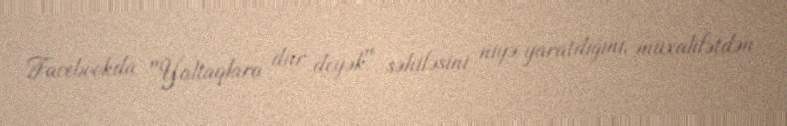
Facebookda "Yaltaqlara dur deyək" səhifəsini niyə yaratdığını, müxalifətdən